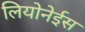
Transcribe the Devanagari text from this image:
लियोनेईस